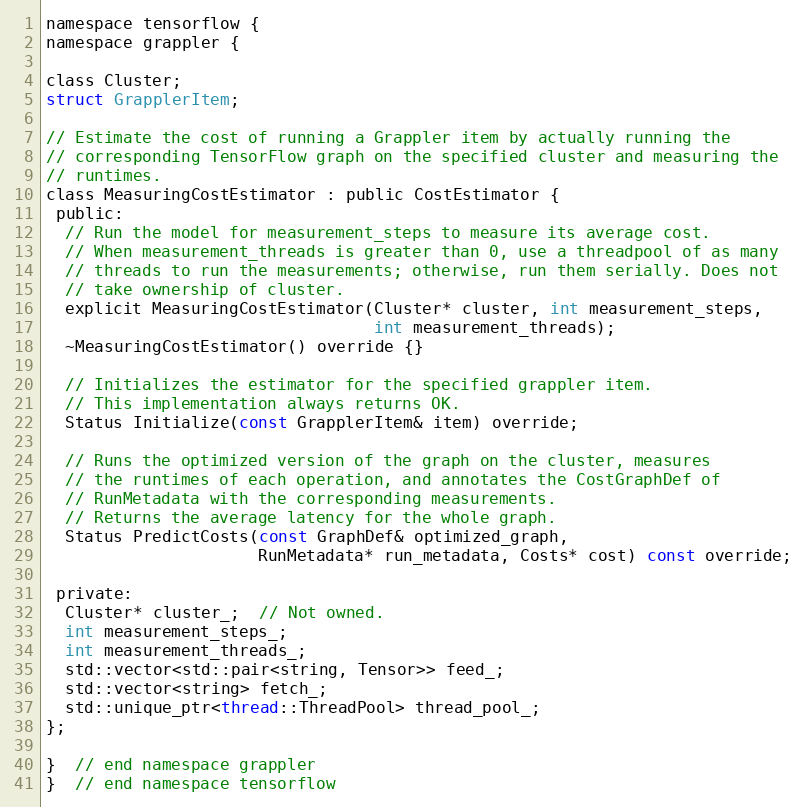
Language: C
namespace tensorflow {
namespace grappler {

class Cluster;
struct GrapplerItem;

// Estimate the cost of running a Grappler item by actually running the
// corresponding TensorFlow graph on the specified cluster and measuring the
// runtimes.
class MeasuringCostEstimator : public CostEstimator {
 public:
  // Run the model for measurement_steps to measure its average cost.
  // When measurement_threads is greater than 0, use a threadpool of as many
  // threads to run the measurements; otherwise, run them serially. Does not
  // take ownership of cluster.
  explicit MeasuringCostEstimator(Cluster* cluster, int measurement_steps,
                                  int measurement_threads);
  ~MeasuringCostEstimator() override {}

  // Initializes the estimator for the specified grappler item.
  // This implementation always returns OK.
  Status Initialize(const GrapplerItem& item) override;

  // Runs the optimized version of the graph on the cluster, measures
  // the runtimes of each operation, and annotates the CostGraphDef of
  // RunMetadata with the corresponding measurements.
  // Returns the average latency for the whole graph.
  Status PredictCosts(const GraphDef& optimized_graph,
                      RunMetadata* run_metadata, Costs* cost) const override;

 private:
  Cluster* cluster_;  // Not owned.
  int measurement_steps_;
  int measurement_threads_;
  std::vector<std::pair<string, Tensor>> feed_;
  std::vector<string> fetch_;
  std::unique_ptr<thread::ThreadPool> thread_pool_;
};

}  // end namespace grappler
}  // end namespace tensorflow